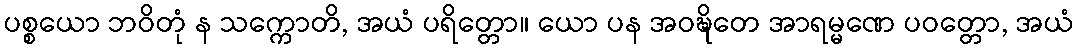
ပစ္စယော ဘဝိတုံ န သက္ကောတိ, အယံ ပရိတ္တော။ ယော ပန အဝဍ္ဎိတေ အာရမ္မဏေ ပဝတ္တော, အယံ